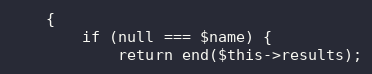
Language: PHP
    {
        if (null === $name) {
            return end($this->results);